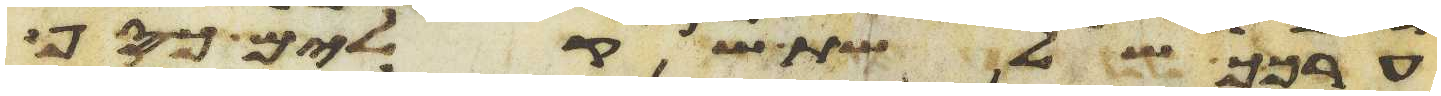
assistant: ערכך שלשת שקלים כסף